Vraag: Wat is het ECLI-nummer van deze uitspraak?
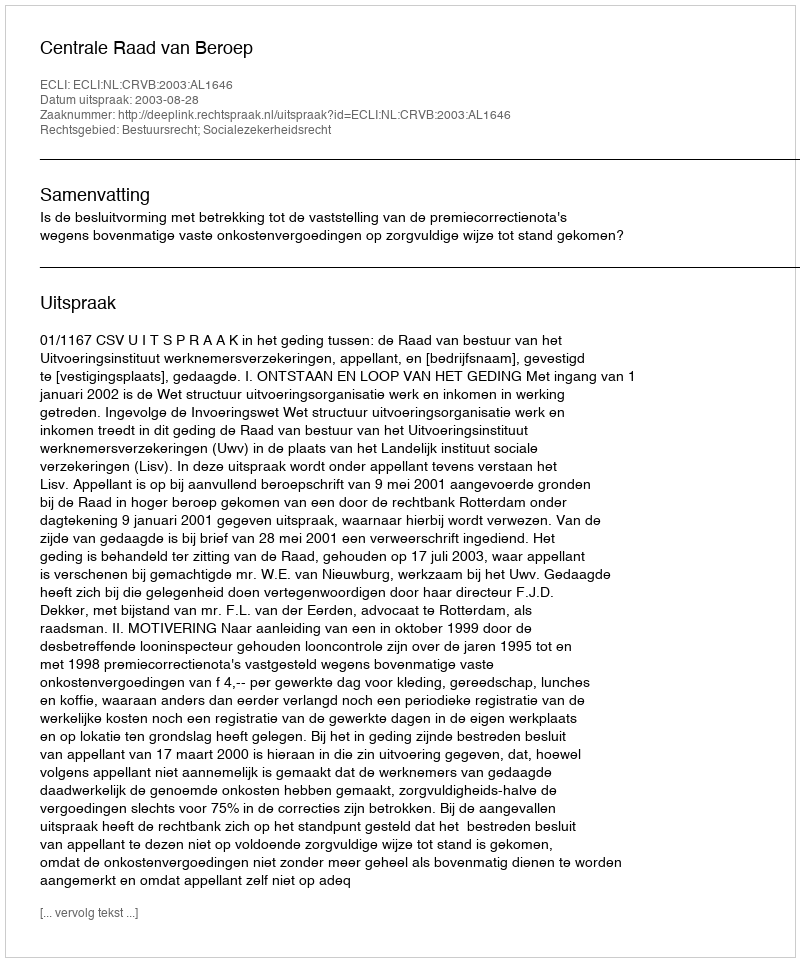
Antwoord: ECLI:NL:CRVB:2003:AL1646